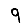
Digit: 9